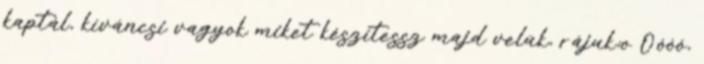
kaptál, kíváncsi vagyok miket készítessz majd velük, rájuk;o Óóóó,